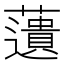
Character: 𧂠